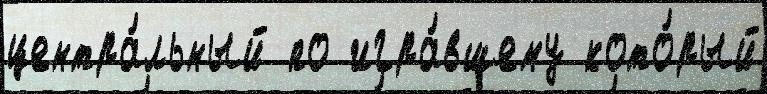
центра́льный по игра́вшему кото́рый